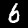
Label: 6